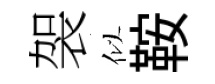
袈似鞍